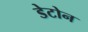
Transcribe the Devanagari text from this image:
डेटोन